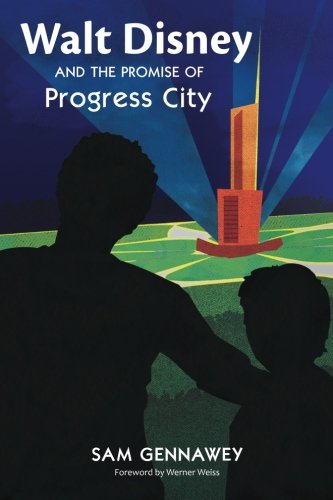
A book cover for Walt Disney and the Promise of Progress City; Sam Gennawey; Travel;